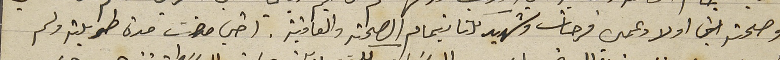
وصحة اولاد عمي فرحات وشهيد كلنا بتمام الصحة والعافية. اخي مضت مدة طويلة ولم